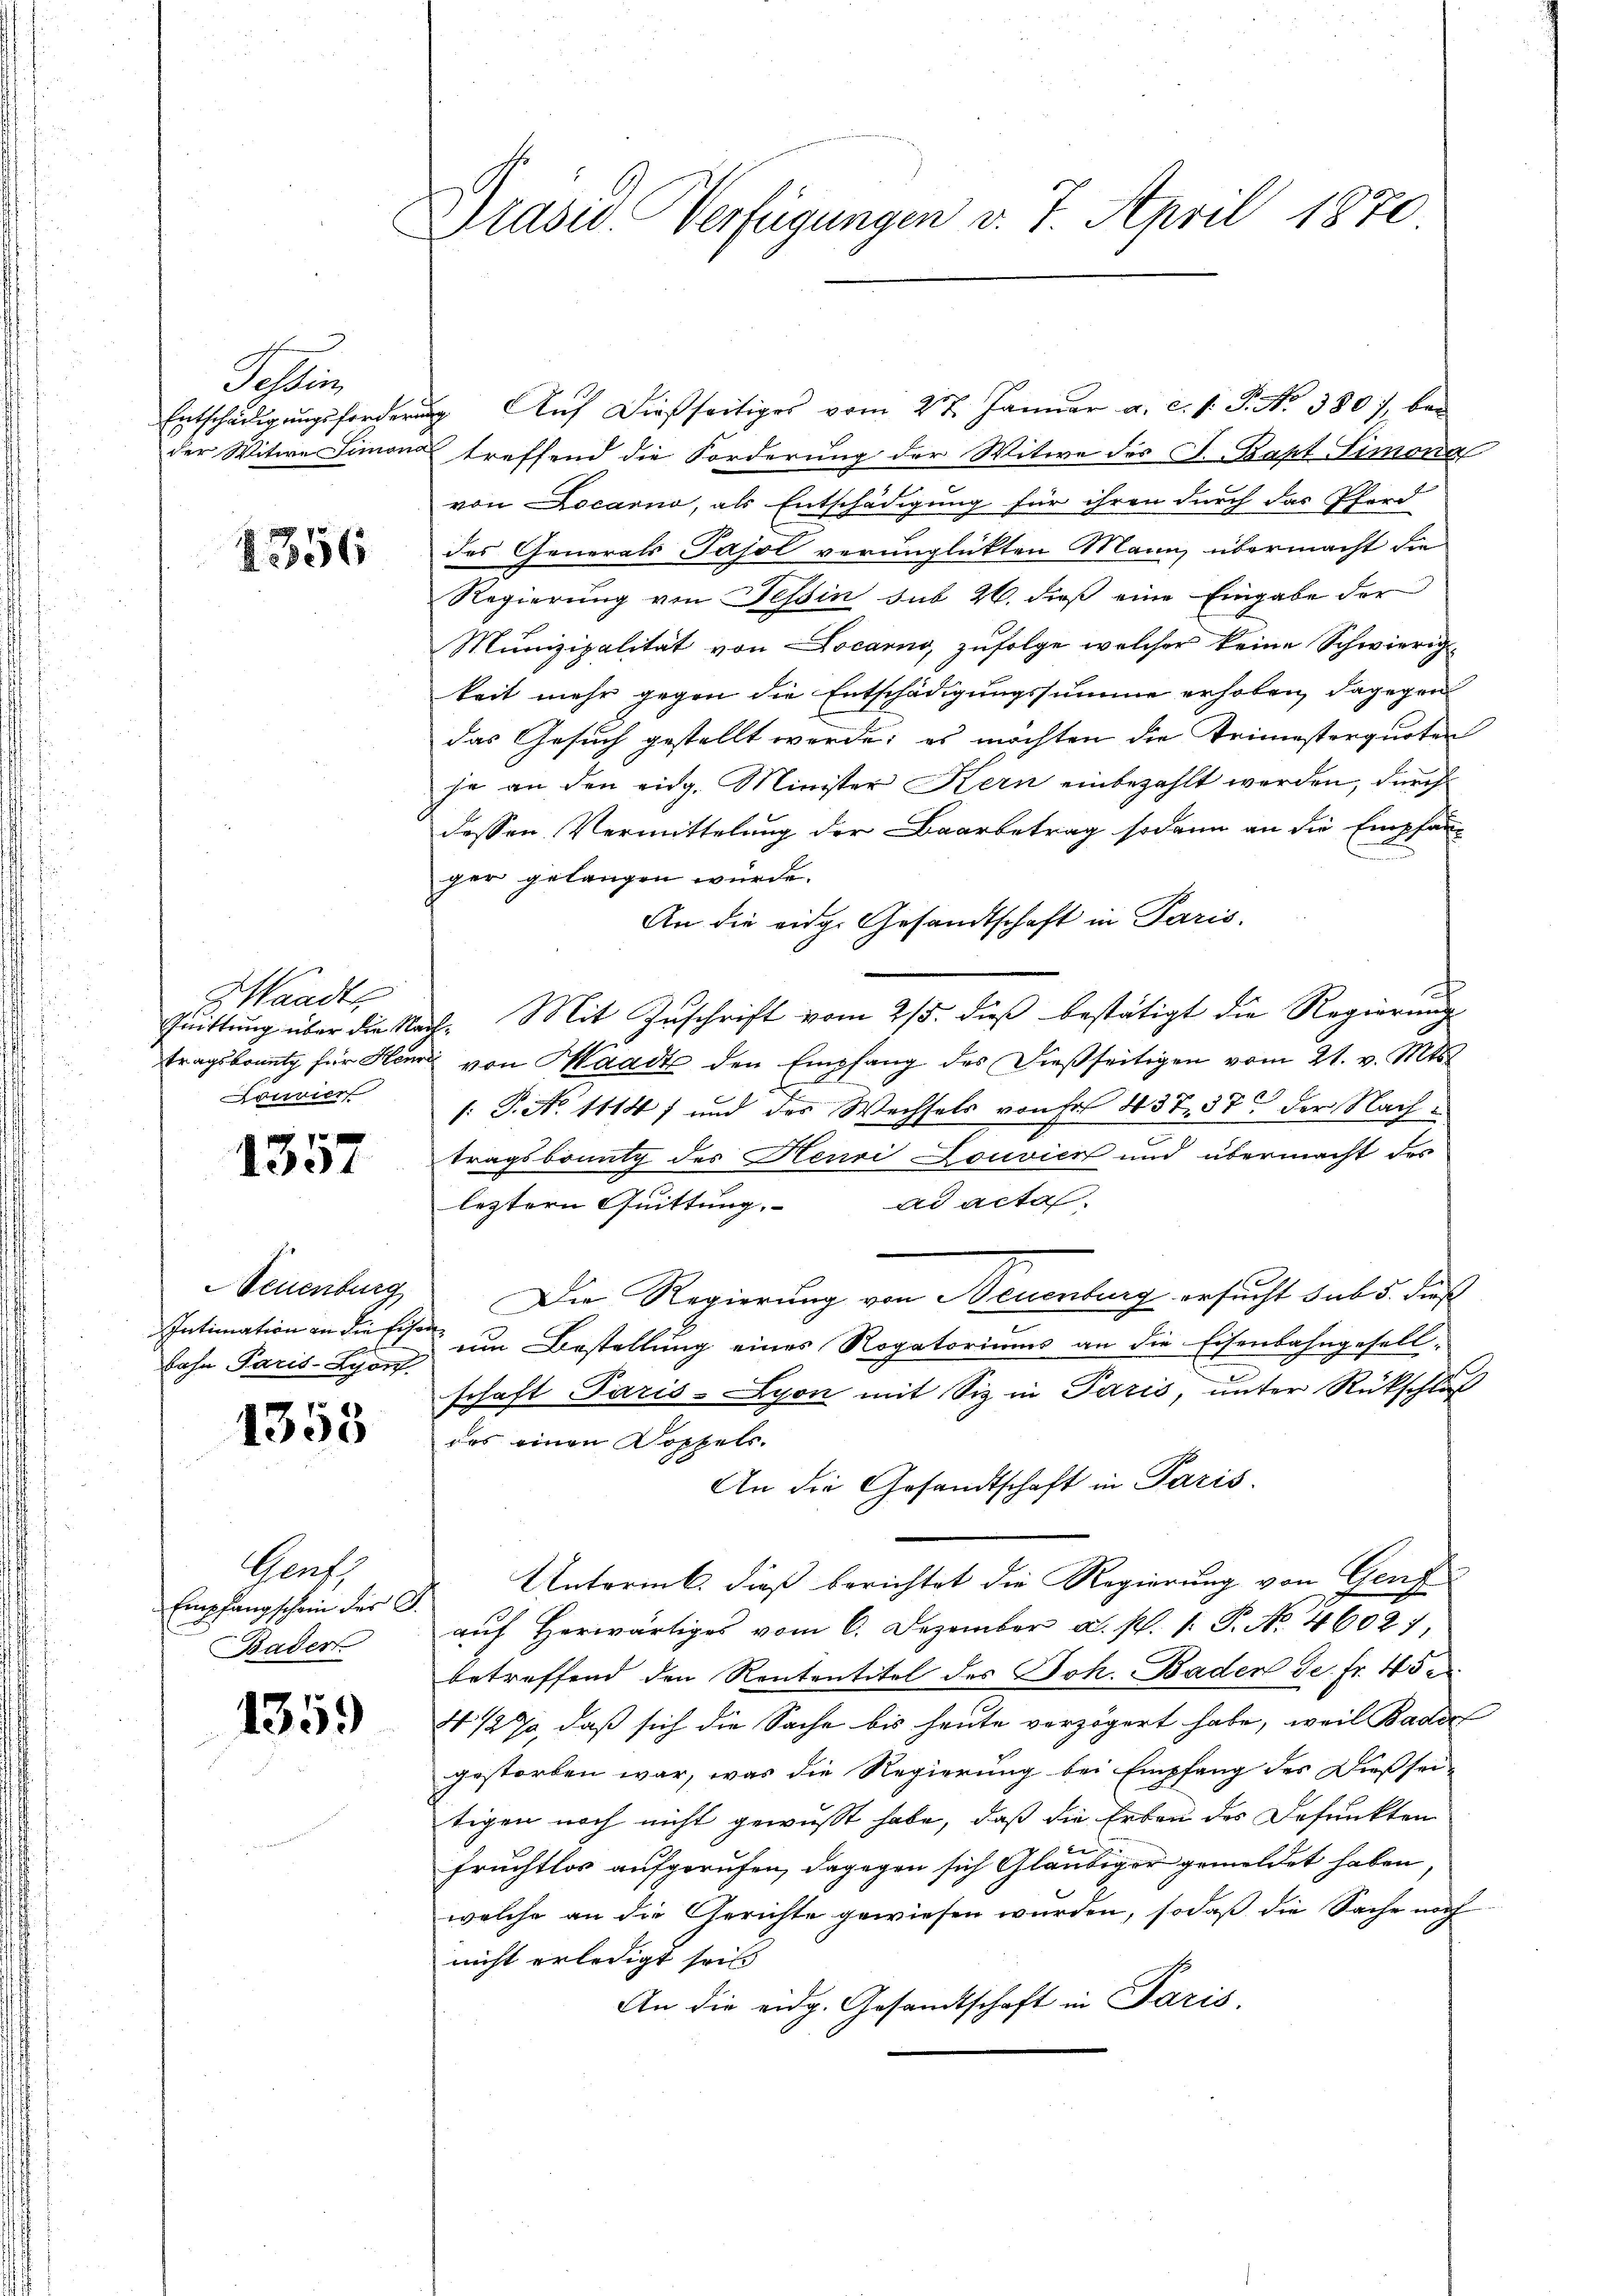
Sohle
Entschädigungsforderun
der Witwe Simona

1356

Z Wandts
tragsbrung für Herr
ouier

1351

Neuenburg
Intimation an die Eise
bahn Paris-Lyonf.

1353

Graf
Empfangschein der G
Bader

1359

Präsid. Verfügungen v. 7. April 1870

g. Aŭf dießseitiges vom 27. Janŭar a. c. s. P. Nr. 380, bei
treffend die Forderung der Witwe des J. Bapt Simona
von Locarno, als Entschädigung für ihren durch das Pferd
des Generals Tasol verunglückten Mann, übermacht die
Regierung von Tessin sub 26. dieß eine Eingabe der
Munizipalität von Locarno, zufolge welcher keine Schwierigkeit mehr gegen die Entschädigungssumme erhoben, dagegen
das Gesuch gestellt werde; es möchten die Trimisterquoten
je an den eidg. Minister Kern einbezahlt werden, durch
dessen Vermittelung der Baarbetrag sodann an die Empfan-
.
ger gelangen würde.
An die eidg. Gesandtschaft in Paris.
Pŭittŭng über die Nach. Mit Zŭschrift vom 25. dieβ bestätigt die Regierŭng
von Waadt den Empfang des dießseitigen vom 21. v. Mts.
[: P. No 1114) und der Wechsels von Fr. 437, 37 der Nachtragsbountz des Henri Louvier und übermacht des
leztern Quittung. ad acta.
Die Regierung von Neuenburg ersucht sub 5. dieß
 um Bestellung eines Rogatoriums an die Eisenbahngesell-
schaft Paris-Lyon mit Siz in Paris, unter Rückschluß
des einen Doppels.
An die Gesandtschaft in Paris.
Untorik, dieß berichtet die Regierung von Genf
aŭf herwärtiges vom 6. Dezember a. p. 1. P. Nr. 46027
betreffend den Rententitel des Joh. Baden de fr. 45 e
4 1/2 %, daß sich die Sache bis heute verzögert habe, weil Bade
gestorben war, was die Regierung bei Empfang des Dießsei-
tigen noch nicht gewußt habe, daß die Erben des Defunkten
Fruchtlos aufgerufen, dagegen sich Gläubiger gemeldet haben,
welche an die Gerichte gewiesen wurden, sodaß die Sache noch
nicht erledigt seits
An die eidg. Gesandtschaft in Paris.